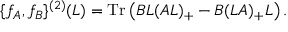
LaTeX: \{ f _ { A } , f _ { B } \} ^ { ( 2 ) } ( L ) = \mathrm { T r } \left( B L ( A L ) _ { + } - B ( L A ) _ { + } L \right) .